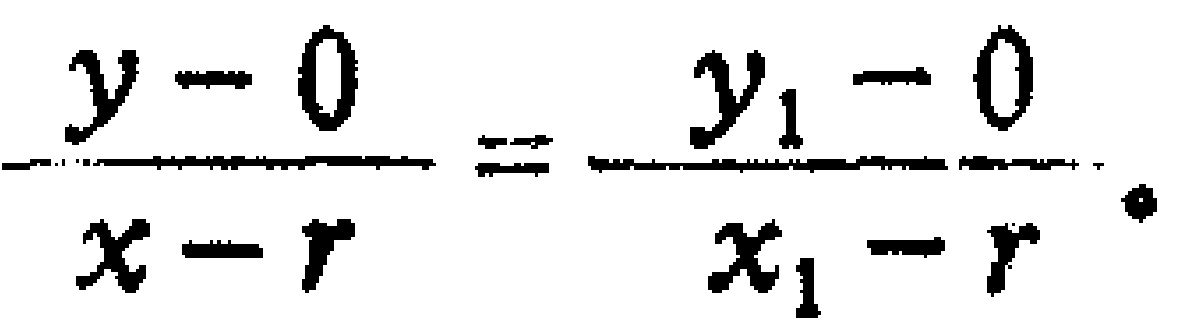
\frac{y - 0}{x - r}=\frac{y_{1} - 0}{x_{1} - r}